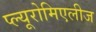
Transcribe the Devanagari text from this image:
प्ल्यूरोमिएलीज